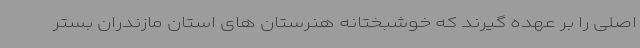
اصلی را بر عهده گیرند که خوشبختانه هنرستان های استان مازندران بستر